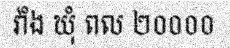
វាំង ឃុំ ពល ២០០០០